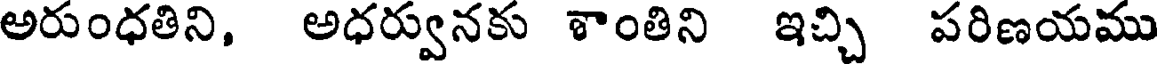
అరుంధతిని, అధర్వునకు శాంతిని ఇచ్చి పరిణయము